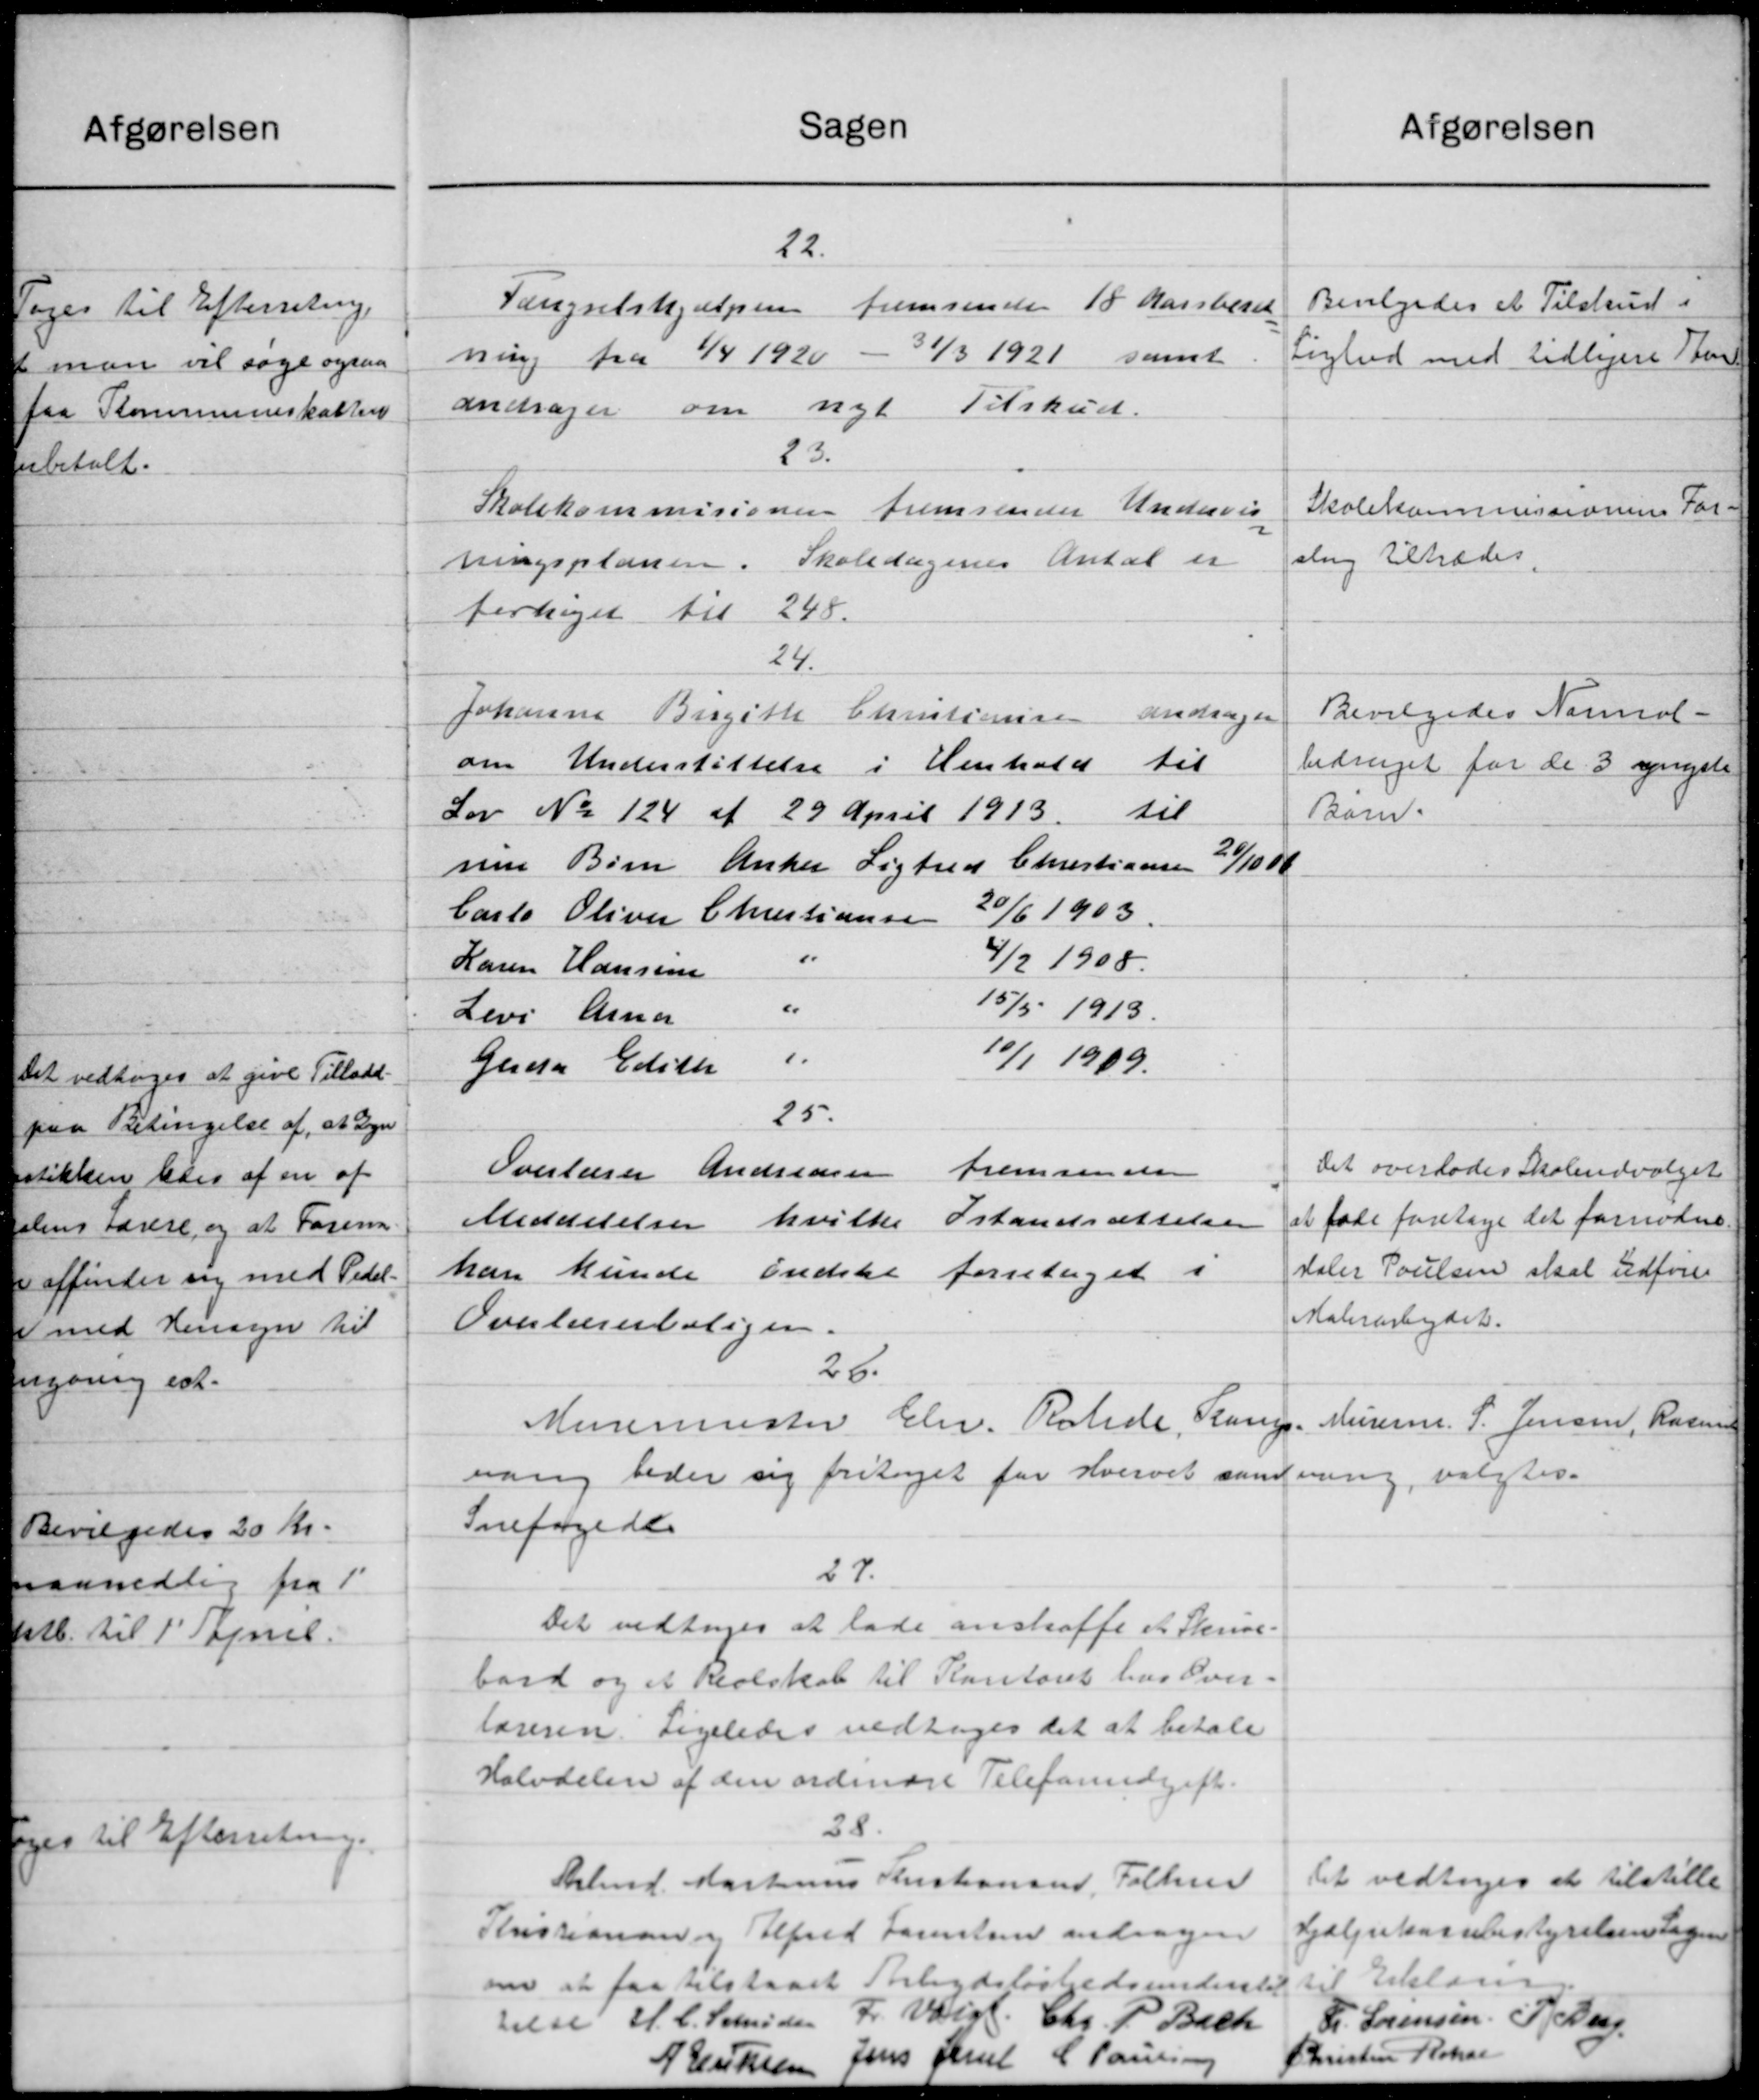
Transskription:
Sagen
Agarelsen
22.
Bevilgedes et Tilskud i
Vængselshjælpen fremsende 15 Marsberet
ning fra 1/4 1920 - 31/3 1921 samt
Lighed med tidligere Sten
andrager om nyt Tilskud.
23.
Skolekommisionen fremsender Undervis
Skolekommissionens For-
slag tiltrædes.
ningsplanen. Skoledagenes Antal er
forhøjet til 248.
24.
Bevilgedes Normal-
Johanne Birgitte Christiansen
andrager
til
om Understøttelse i Henhold
bidraget for de 3 opnyste
til
Lov No 124 af 29 April 1913.
Barn.
ne Børn Anker Ligfred Christiansen 24/10 08
20/6 1903.
Carte Oliver Christiansen
"
4/2 1908.
Karen Hansen
"
15/5 1913.
Levs Anna
1.
10/1 1909.
Gerda Edith
25.
Det overlodes Skoleudvalget
Overlærer Andreasen
fremsender
at føde foretage det fornødne
Istandsættelsen
hvilke
Meddelelser
daler Poulsen skal udføre
han kunde Endstil forretaget i
Malerarbejdet.
Overlærerboliger.
26.
Murerne. S. Jensen, Rasmus
Murermester Chr. Ratede, Kamp.
vang beder sig fritaget for Hvervet samling, valgtes.
Snefogede
27.
Det vedtoges at lade anskaffe et Skrive
bord og et Realskab til Kontoret hos Over-
læreren. Ligeledes vedtoges det at betale
Halvdelen af den ordinære Telefonudgift.
28.
Det vedtoges at tilstille
Almd. Martinus Kristiansen, Folken
Hjælpekassebestyrelsens Sagen
Kristianarven Alfred Forentsen andragen
til Erklæring
om at faa tilstaaet Arbedsløshedsunderstøt
relse H. C. Schriden Fr. Vald. Chr. P. Bach
L Sørensen P Deg
Christen Rokar
C Poulsen
Jens Juel
A Eriksen